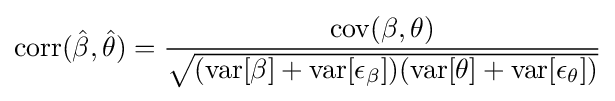
\operatorname {corr} ({\hat {\beta }},{\hat {\theta }})={\frac {\operatorname {cov} (\beta ,\theta )}{\sqrt {(\operatorname {var} [\beta ]+\operatorname {var} [\epsilon _{\beta }])(\operatorname {var} [\theta ]+\operatorname {var} [\epsilon _{\theta }])}}}